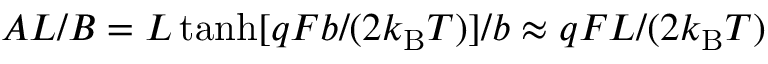
A L / B = L \operatorname { t a n h } [ q F b / ( 2 k _ { \mathrm { B } } T ) ] / b \approx q F L / ( 2 k _ { \mathrm { B } } T )